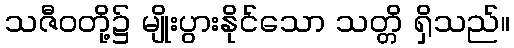
သဇီဝတို့၌ မျိုးပွားနိုင်သော သတ္တိ ရှိသည်။